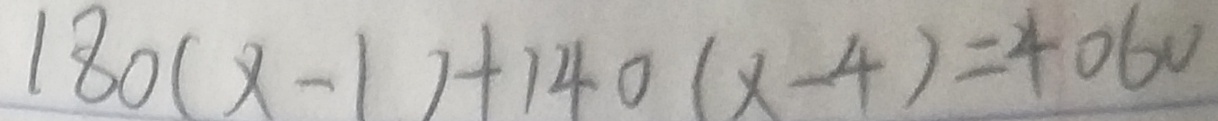
1 8 0 ( x - 1 ) + 1 4 0 ( x - 4 ) = 4 0 6 0